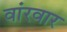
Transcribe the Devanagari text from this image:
वांरवार